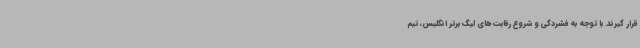
قرار گیرند. با توجه به فشردگی و شروع رقابت های لیگ برتر انگلیس، تیم